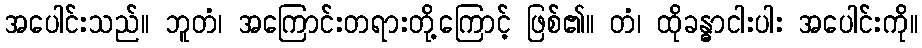
အပေါင်းသည်။ ဘူတံ၊ အကြောင်းတရားတို့ကြောင့် ဖြစ်၏။ တံ၊ ထိုခန္ဓာငါးပါး အပေါင်းကို။